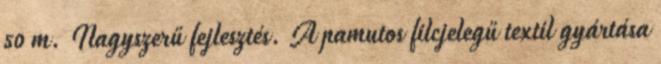
50 m. Nagyszerű fejlesztés. A pamutos filcjelegű textil gyártása